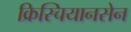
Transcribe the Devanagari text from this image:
क्रिस्चियानसेन